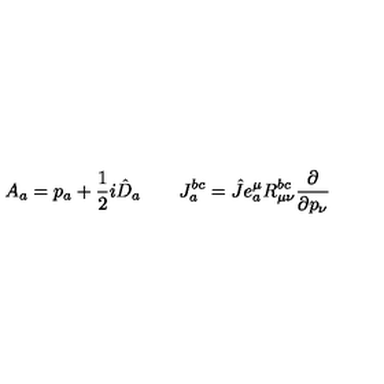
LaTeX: A _ { a } = p _ { a } + \frac { 1 } { 2 } i \hat { D } _ { a } \qquad J _ { a } ^ { b c } = \hat { J } e _ { a } ^ { \mu } R _ { \mu \nu } ^ { b c } \frac { \partial } { \partial p _ { \nu } }